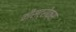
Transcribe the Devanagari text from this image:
कीस्ट्रोक्स